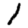
Digit: 1